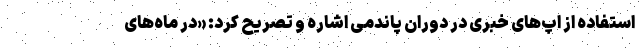
استفاده از اپ‌های خبری در دوران پاندمی اشاره و تصریح کرد: «در ماه‌های